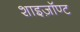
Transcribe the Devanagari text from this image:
शाइज़ॉण्ट